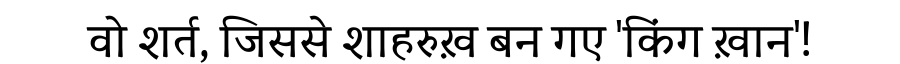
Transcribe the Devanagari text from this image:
वो शर्त, जिससे शाहरुख़ बन गए 'किंग ख़ान'!